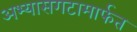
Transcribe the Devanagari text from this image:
अभ्यासगटामार्फत